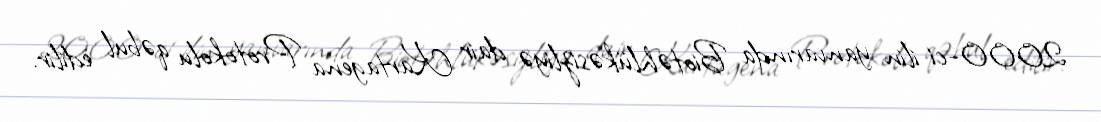
2000-ci ilin yanvarında Biotəhlükəsizliyə dair Kartagena Protokolu qəbul edilir.